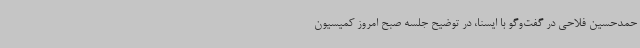
حمدحسین فلاحی در گفت‌وگو با ایسنا، در توضیح جلسه صبح امروز کمیسیون